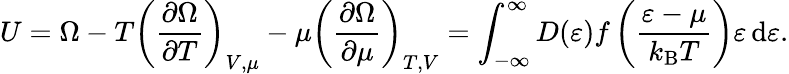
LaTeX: U=\Omega-T\left({\frac{\partial\Omega}{\partial T}}\right)_{V,\mu}-\mu\left({\frac{\partial\Omega}{\partial\mu}}\right)_{T,V}=\int_{-\infty}^{\infty}D(\varepsilon){\mathcal{f}}\left({\frac{\varepsilon-\mu}{k_{\mathrm{{B}}}T}}\right)\varepsilon\, \mathrm{d}\varepsilon.